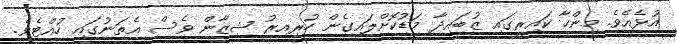
އުޅެއެވެ. މިންހާ ކައިރީގައި ޒުބައިދާ މަޑުކޮށްލައިގެން ހުރިއިރު ޝިޒާން ވެސް އެތަނުގައި ހުއްޓެވެ.